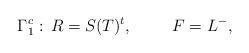
LaTeX: \begin{align*}\Gamma_1^c:\, R=S(T)^t, \hskip 1cm F=L^-,\end{align*}